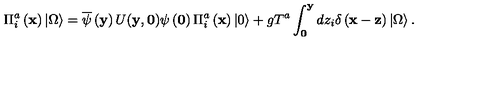
\Pi _ { i } ^ { a } \left( { \bf x } \right) \left| \Omega \right\rangle = \overline { \psi } \left( { \bf y } \right) U ( { \bf y } , { \bf 0 } ) \psi \left( { \bf 0 } \right) \Pi _ { i } ^ { a } \left( { \bf x } \right) \left| 0 \right\rangle + g T ^ { a } \int _ { \bf 0 } ^ { \bf y } { d z _ { i } } \delta \left( { { \bf x } - { \bf z } } \right) \left| \Omega \right\rangle .